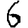
Digit: 6